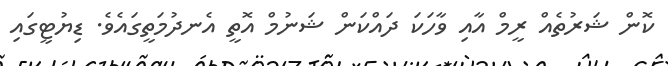
ކޮން ޝަރުތެއް ރީމް އާއި ވާހަކަ ދައްކަން ޝަނުމް އޮތީ އެނދުމަތީގައެވެ. ޑިޔުޓީގައި